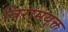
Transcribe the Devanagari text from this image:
विरामयुक्त